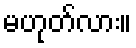
မဟုတ်လား။